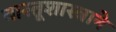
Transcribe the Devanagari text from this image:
वास्तूशास्त्राने